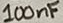
Text: 100nF